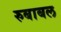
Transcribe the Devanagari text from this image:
रुबाबल